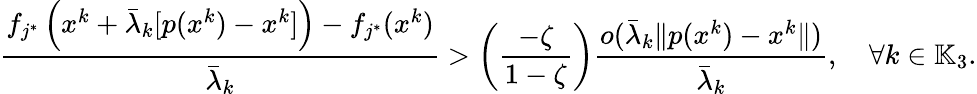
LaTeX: \frac{f_{j^{*}}\left(x^{k}+\bar{\lambda}_{k}[p(x^{k})-x^{k}]\right)-f_{j^{*}}(x^{k})}{\bar{\lambda}_{k}}>\left(\frac{-\zeta}{1-\zeta}\right)\frac{o(\bar{\lambda}_{k}\| p(x^{k})-x^{k}\| )}{\bar{\lambda}_{k}},\quad\forall k\in\mathbb{K}_{3}.